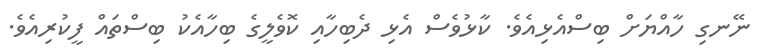
ނޭނގި ހާއްޔަށް ބިސްއެޅިއެވެ. ކާޅުވެސް އެޅި ދެބިހާއި ކޮވެލީގެ ބިހާއެކު ބިސްތައް ފީކުރިއެވެ.